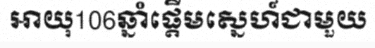
អាយុ106ឆ្នាំផ្តើមស្នេហ៍ជាមួយ